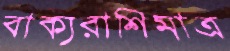
বাক্যরাশিমাত্র